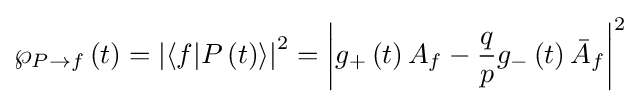
\wp _{P\to f}\left(t\right)=\left|\left\langle f|P\left(t\right)\right\rangle \right|^{2}=\left|g_{+}\left(t\right)A_{f}-{\frac {q}{p}}g_{-}\left(t\right){\bar {A}}_{f}\right|^{2}